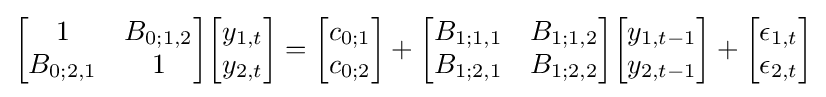
{\begin{bmatrix}1&B_{0;1,2}\\B_{0;2,1}&1\end{bmatrix}}{\begin{bmatrix}y_{1,t}\\y_{2,t}\end{bmatrix}}={\begin{bmatrix}c_{0;1}\\c_{0;2}\end{bmatrix}}+{\begin{bmatrix}B_{1;1,1}&B_{1;1,2}\\B_{1;2,1}&B_{1;2,2}\end{bmatrix}}{\begin{bmatrix}y_{1,t-1}\\y_{2,t-1}\end{bmatrix}}+{\begin{bmatrix}\epsilon _{1,t}\\\epsilon _{2,t}\end{bmatrix}}